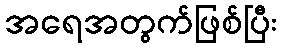
အရေအတွက်ဖြစ်ပြီး